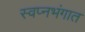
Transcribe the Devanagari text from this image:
स्वप्नभंगात